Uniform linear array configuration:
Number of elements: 4
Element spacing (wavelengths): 0.25
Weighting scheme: uniform
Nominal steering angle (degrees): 0
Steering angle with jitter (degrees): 1.286
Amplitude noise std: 0.05
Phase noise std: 0.05

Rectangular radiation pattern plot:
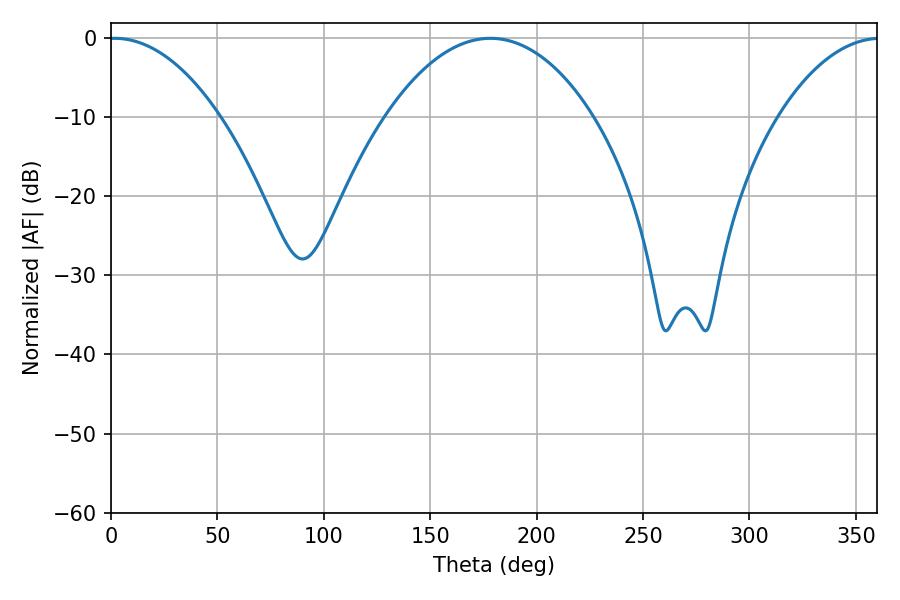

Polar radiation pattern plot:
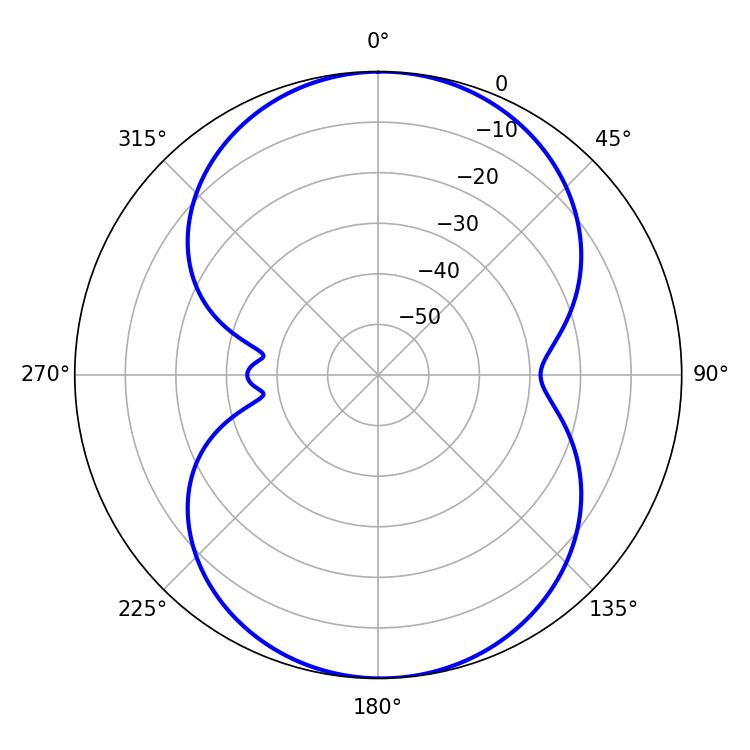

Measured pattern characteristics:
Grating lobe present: FALSE
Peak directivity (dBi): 14.521
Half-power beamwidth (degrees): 29.16
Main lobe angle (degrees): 1.62